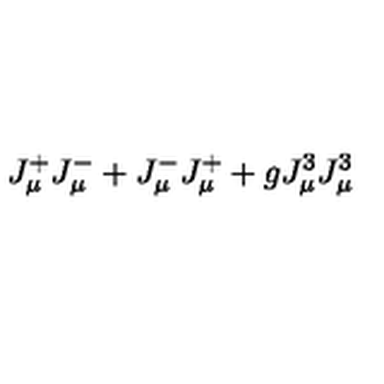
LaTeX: J _ { \mu } ^ { + } J _ { \mu } ^ { - } + J _ { \mu } ^ { - } J _ { \mu } ^ { + } + g J _ { \mu } ^ { 3 } J _ { \mu } ^ { 3 }